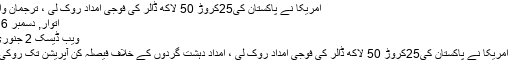
امریکا نے پاکستان کی25کروڑ 50 لاکھ ڈالر کی فوجی امداد روک لی ، ترجمان وائٹ ہاؤس
اتوار, دسمبر 16 2018
ویب ڈیسک 2 جنوری 2018
واشنگٹن : امریکا نے پاکستان کی25کروڑ 50 لاکھ ڈالر کی فوجی امداد روک لی ، امداد دہشت گردوں کے خلاف فیصلہ کن آپریشن تک روکی گئی ہے۔